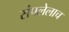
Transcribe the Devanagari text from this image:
संपलेलाच